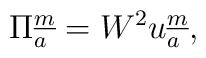
\Pi^{\underline{m}}_{{a}} =W^2u_{a}^{\underline{m}},